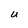
Character: U